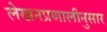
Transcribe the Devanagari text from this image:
लेखनप्रणालीनुसार